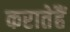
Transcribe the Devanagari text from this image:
करातेहैं